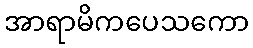
အာရာမိကပေသကော